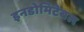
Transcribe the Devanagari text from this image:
इनडोमिटेबल